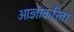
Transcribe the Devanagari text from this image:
आज्ञाकरिता